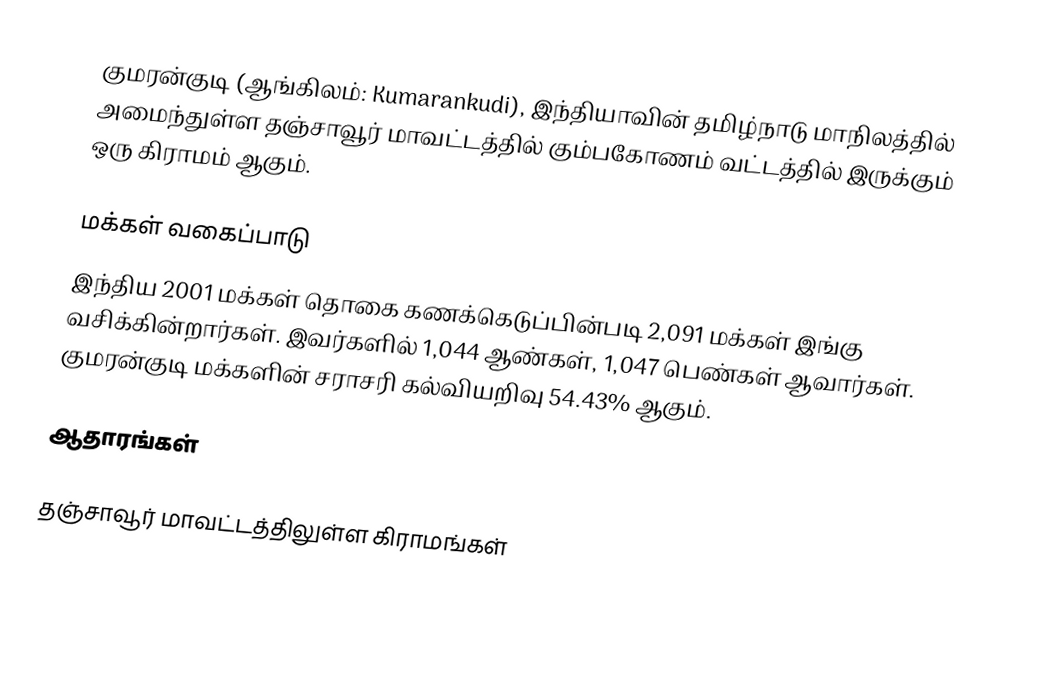
குமரன்குடி  (ஆங்கிலம்: Kumarankudi), இந்தியாவின் தமிழ்நாடு மாநிலத்தில் அமைந்துள்ள தஞ்சாவூர் மாவட்டத்தில்   கும்பகோணம் வட்டத்தில் இருக்கும்  ஒரு கிராமம் ஆகும்.

மக்கள் வகைப்பாடு
இந்திய 2001 மக்கள் தொகை கணக்கெடுப்பின்படி 2,091 மக்கள் இங்கு வசிக்கின்றார்கள்.  இவர்களில் 1,044 ஆண்கள், 1,047 பெண்கள் ஆவார்கள். குமரன்குடி மக்களின் சராசரி கல்வியறிவு 54.43% ஆகும்.

ஆதாரங்கள்

தஞ்சாவூர் மாவட்டத்திலுள்ள கிராமங்கள்